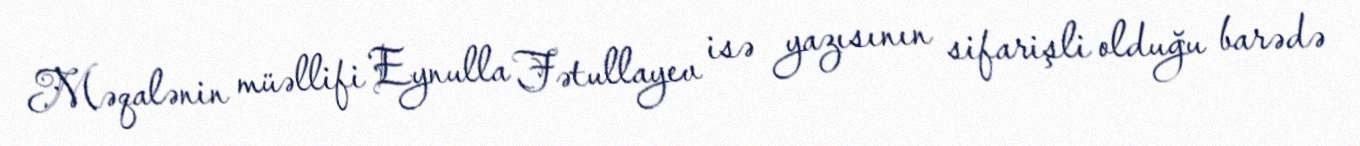
Məqalənin müəllifi Eynulla Fətullayev isə yazısının sifarişli olduğu barədə